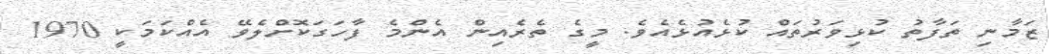
ޒަމާނި ތަފާތު ކުޅިވަރުތައް ކުޅެއުޅެއެވެ. މީގެ ތެރެއިން އެންމެ ފާހަގަކޮށްލެވޭ އެއްކަމަކީ 1970